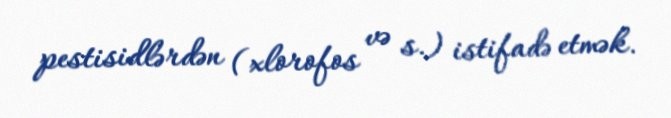
pestisidlərdən (xlorofos və s.) istifadə etmək.